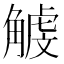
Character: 𧤥